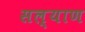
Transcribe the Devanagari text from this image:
सल्याण